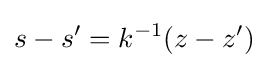
s-s'=k^{-1}(z-z')